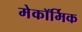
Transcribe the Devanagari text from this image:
मेकॉर्मिक